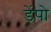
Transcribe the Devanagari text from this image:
डेंपो